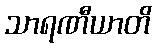
သာရဏီယာတိ